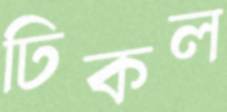
ঢিকল